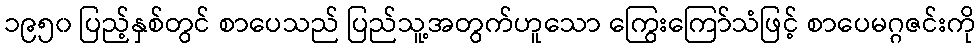
၁၉၅၀ ပြည့်နှစ်တွင် စာပေသည် ပြည်သူ့အတွက်ဟူသော ကြွေးကြော်သံဖြင့် စာပေမဂ္ဂဇင်းကို